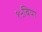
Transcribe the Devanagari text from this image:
१५बिया